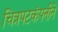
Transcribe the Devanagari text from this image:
चित्रपटकंपनीने